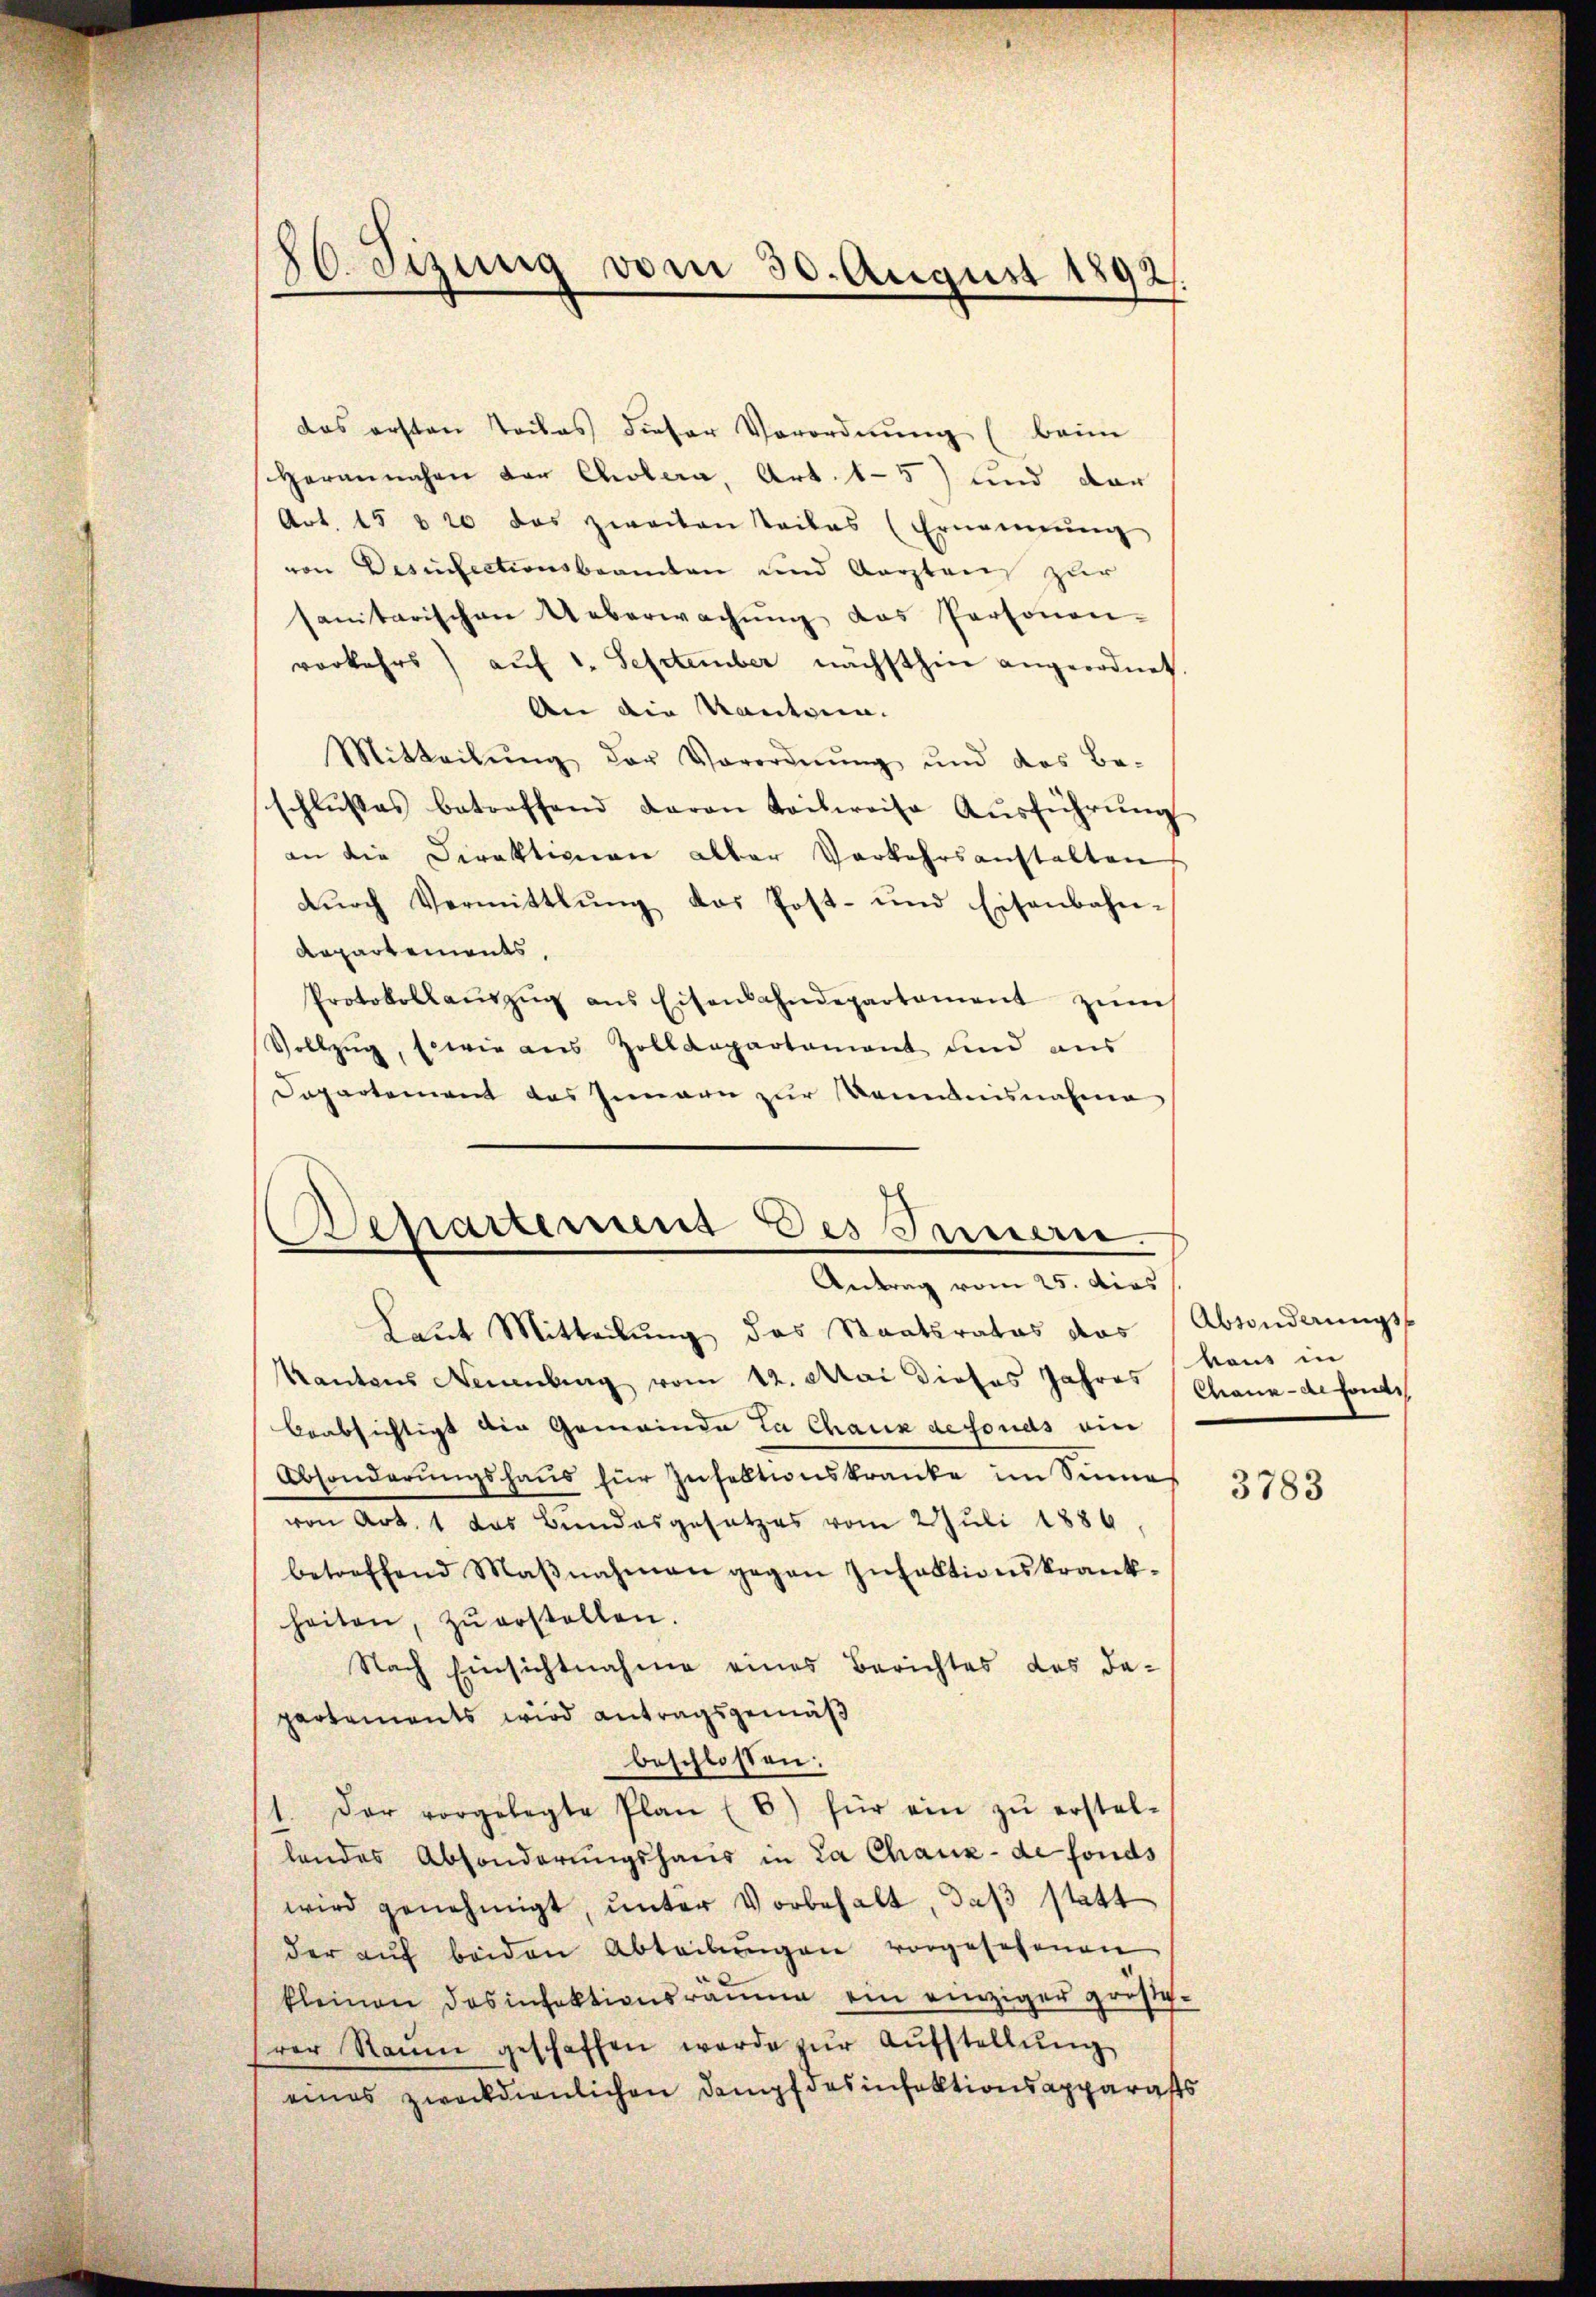
86. Sizung vom 30. August 1892.

das ersten Teiles dieser Verordnung (beim
Herannahen der Cholera, Art. 15) und dar
Art. 15 t 20 das zweiten Teiles (Ernennung
von Desinfectionsbeamten und Aarstens zur
sanitarischen Ueberwachŭng das Personen-
verkehrs auf 1. September nächsthin angeordnet.
An die Kautern.
Mitteilŭng der Verordnŭng und das Be-
schlŭsses betreffend daran Teilweise Aŭsführŭng
an die Direktionen aller Verkehrsanstalten
durch Vermittlung das Post- und Eisenbahn¬
Repartements,
Protokollaŭszŭg ans Eisenbahndepartament zŭm
Vollzŭg, sowie aus Zolldepartament und aus
Departement das Innern zur Kenntnisnahme
Laut Mitteilung des Staatsrates das Absonderungs-
Kantons Neuenburg vom 12. Mai dieses Jahres (Chaux-de fondi
beabsichtigt die Gemeinde La Chaux defonds ein
Absonderungshaus für Zufalltionskranke im Sinnes
von Art. 1 das Bundesgesetzes vom 2. Juli 1886.
betreffend Maβnahmen gegen Insektionskrank-
heiten, zŭ erstellen.
Nach Einsichtnahme eines Berichtes des da-
partements wird antragsgemäß
beschlossen:
1. Der vorgelegte Plan (8) für ein zŭ erstel-
landes Absonderungshaus in La Chaux-de fonds
wird genehmigt, ŭnter Vorbehalt, daß statt
der aŭf beiden Abteilŭngen vorgesehenen
kleinen Dosinfektionsräume ein einziger größerer Raum geschaffen werde zŭr Aŭfstellŭng
eines zweckdienlichen Dampfdesinfektionsapparass

Departemens des Innern
Antrag vom 25. dies

baus in

3783